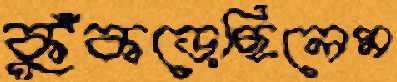
কুঁকড়েছিলেম